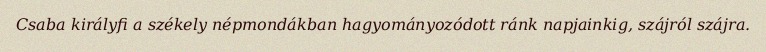
Csaba királyfi a székely népmondákban hagyományozódott ránk napjainkig, szájról szájra.